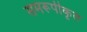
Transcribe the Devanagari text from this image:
समरूपीकृत